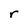
Character: r